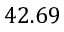
4 2 . 6 9